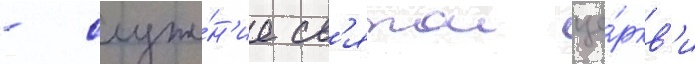
- служе́н'ие св'ятои це́ркв'и